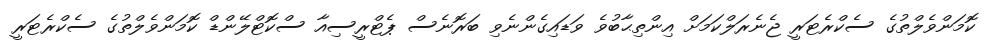
ކޮމަންވެލްތުގެ ސެކްރެޓަރީ ޖެނެރަލްކަމަށް އިންތިޙާބުވެ ވަޑައިގެންނެވި ބަރޮނެސް ޕެޓްރީސިއާ ސްކޮޓްލޭންޑް ކޮމަންވެލްތުގެ ސެކްރެޓަރީ